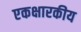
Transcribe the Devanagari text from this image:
एकक्षारकीय